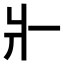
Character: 𤕬